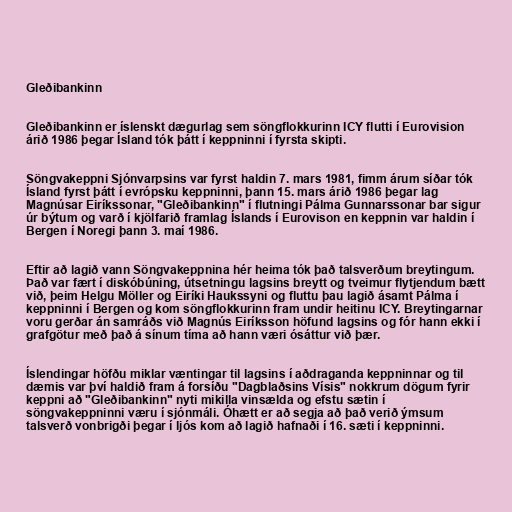
Gleðibankinn

Gleðibankinn er íslenskt dægurlag sem söngflokkurinn ICY flutti í Eurovision
árið 1986 þegar Ísland tók þátt í keppninni í fyrsta skipti.

Söngvakeppni Sjónvarpsins var fyrst haldin 7. mars 1981, fimm árum síðar tók
Ísland fyrst þátt í evrópsku keppninni, þann 15. mars árið 1986 þegar lag
Magnúsar Eiríkssonar, "Gleðibankinn" í flutningi Pálma Gunnarssonar bar sigur
úr býtum og varð í kjölfarið framlag Íslands í Eurovison en keppnin var haldin í
Bergen í Noregi þann 3. maí 1986.

Eftir að lagið vann Söngvakeppnina hér heima tók það talsverðum breytingum.
Það var fært í diskóbúning, útsetningu lagsins breytt og tveimur flytjendum bætt
við, þeim Helgu Möller og Eiríki Haukssyni og fluttu þau lagið ásamt Pálma í
keppninni í Bergen og kom söngflokkurinn fram undir heitinu ICY. Breytingarnar
voru gerðar án samráðs við Magnús Eiríksson höfund lagsins og fór hann ekki í
grafgötur með það á sínum tíma að hann væri ósáttur við þær.

Íslendingar höfðu miklar væntingar til lagsins í aðdraganda keppninnar og til
dæmis var því haldið fram á forsíðu "Dagblaðsins Vísis" nokkrum dögum fyrir
keppni að "Gleðibankinn" nyti mikilla vinsælda og efstu sætin í
söngvakeppninni væru í sjónmáli. Óhætt er að segja að það verið ýmsum
talsverð vonbrigði þegar í ljós kom að lagið hafnaði í 16. sæti í keppninni.